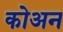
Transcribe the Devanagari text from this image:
कोअन